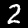
Label: 2